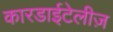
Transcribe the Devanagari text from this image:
कारडाईटेलीज़